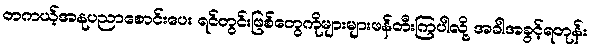
တကယ့်အနုပညာစောင်းပေး ရင်တွင်းဖြစ်တွေကိုများများဖန်တီးကြပါလို့ အခါအခွင့်ရတုန်း